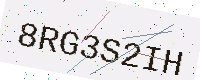
Text: 8RG3S2IH